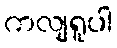
ကလျရူပါ